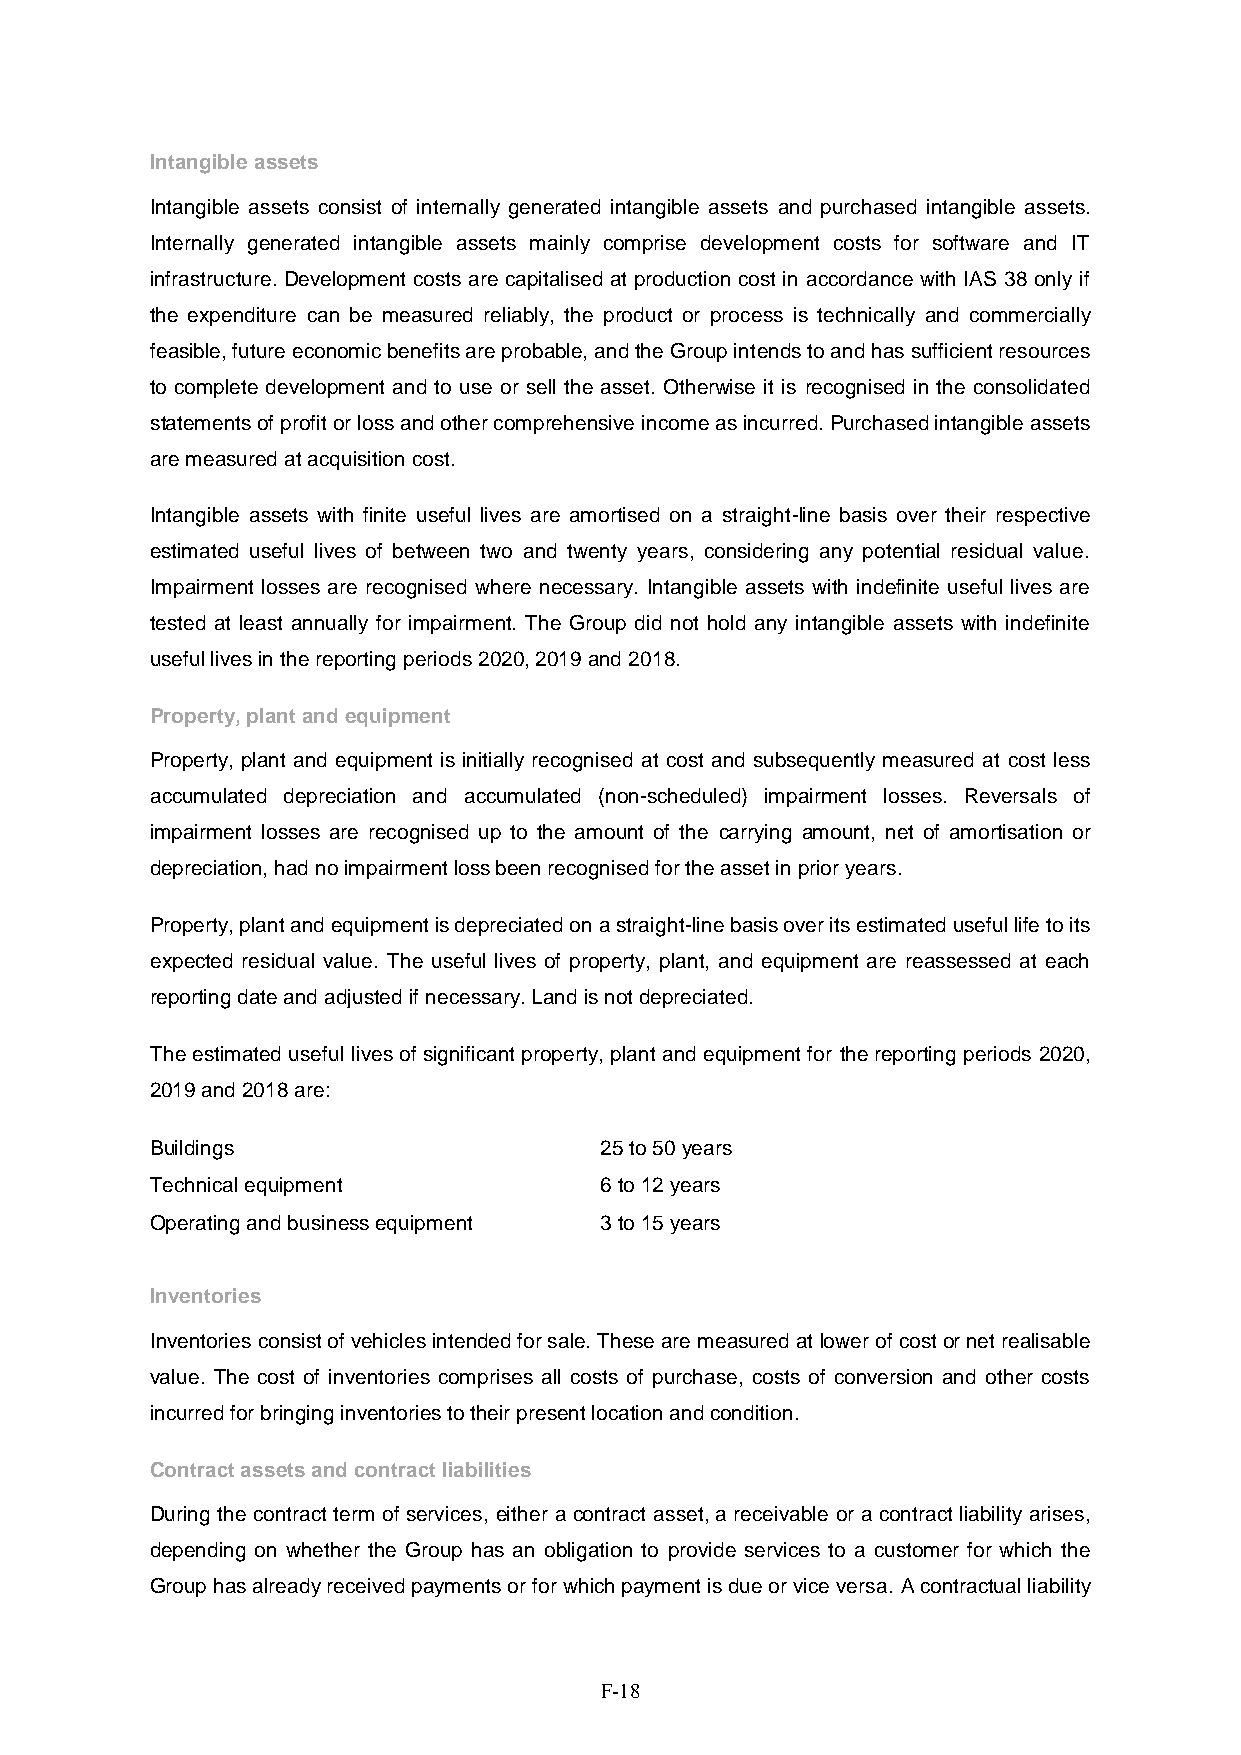
Intangible assets
 Intangible assets consist of internally generated intangible assets and purchased intangible assets.
 Internally generated intangible assets mainly comprise development costs for software and IT
 infrastructure. Development costs are capitalised at production cost in accordance with IAS 38 only if
 the expenditure can be measured reliably, the product or process is technically and commercially
 feasible, future economic benefits are probable, and the Group intends to and has sufficient resources
 to complete development and to use or sell the asset. Otherwise it is recognised in the consolidated
 statements of profit or loss and other comprehensive income as incurred. Purchased intangible assets
 are measured at acquisition cost.
 Intangible assets with finite useful lives are amortised on a straight-line basis over their respective
 estimated useful lives of between two and twenty years, considering any potential residual value.
 Impairment losses are recognised where necessary. Intangible assets with indefinite useful lives are
 tested at least annually for impairment. The Group did not hold any intangible assets with indefinite
 useful lives in the reporting periods 2020, 2019 and 2018.
 Property, plant and equipment
 Property, plant and equipment is initially recognised at cost and subsequently measured at cost less
 accumulated depreciation and accumulated (non-scheduled) impairment losses. Reversals of
 impairment losses are recognised up to the amount of the carrying amount, net of amortisation or
 depreciation, had no impairment loss been recognised for the asset in prior years.
 Property, plant and equipment is depreciated on a straight-line basis over its estimated useful life to its
 expected residual value. The useful lives of property, plant, and equipment are reassessed at each
 reporting date and adjusted if necessary. Land is not depreciated.
 The estimated useful lives of significant property, plant and equipment for the reporting periods 2020,
 2019 and 2018 are:
 Buildings                     25 to 50 years
 Technical equipment           6 to 12 years
 Operating and business equipment 3 to 15 years
 Inventories
 Inventories consist of vehicles intended for sale. These are measured at lower of cost or net realisable
 value. The cost of inventories comprises all costs of purchase, costs of conversion and other costs
 incurred for bringing inventories to their present location and condition.
 Contract assets and contract liabilities
 During the contract term of services, either a contract asset, a receivable or a contract liability arises,
 depending on whether the Group has an obligation to provide services to a customer for which the
 Group has already received payments or for which payment is due or vice versa. A contractual liability
 F-18